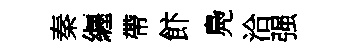
秦纒帶飰鳧洽强